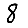
Digit: 8